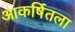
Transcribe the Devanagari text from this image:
आकर्षितला